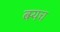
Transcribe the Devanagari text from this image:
बर्‍यच